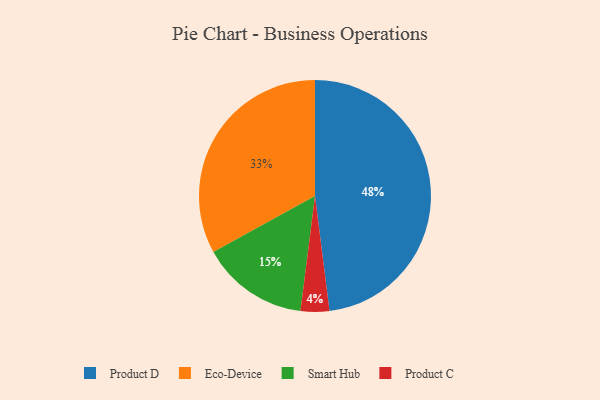
{"axis": {"x": "Category", "y": "Percentage"}, "legend": ["Eco-Device", "Product C", "Product D", "Smart Hub"], "data": [{"x": "Product C", "y": 4, "type": "Product C"}, {"x": "Eco-Device", "y": 33, "type": "Eco-Device"}, {"x": "Smart Hub", "y": 15, "type": "Smart Hub"}, {"x": "Product D", "y": 48, "type": "Product D"}]}